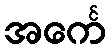
အင်္ကေ